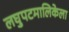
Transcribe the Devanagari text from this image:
लघुपटमालिकेला